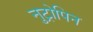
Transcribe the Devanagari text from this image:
नुट्रोपिन